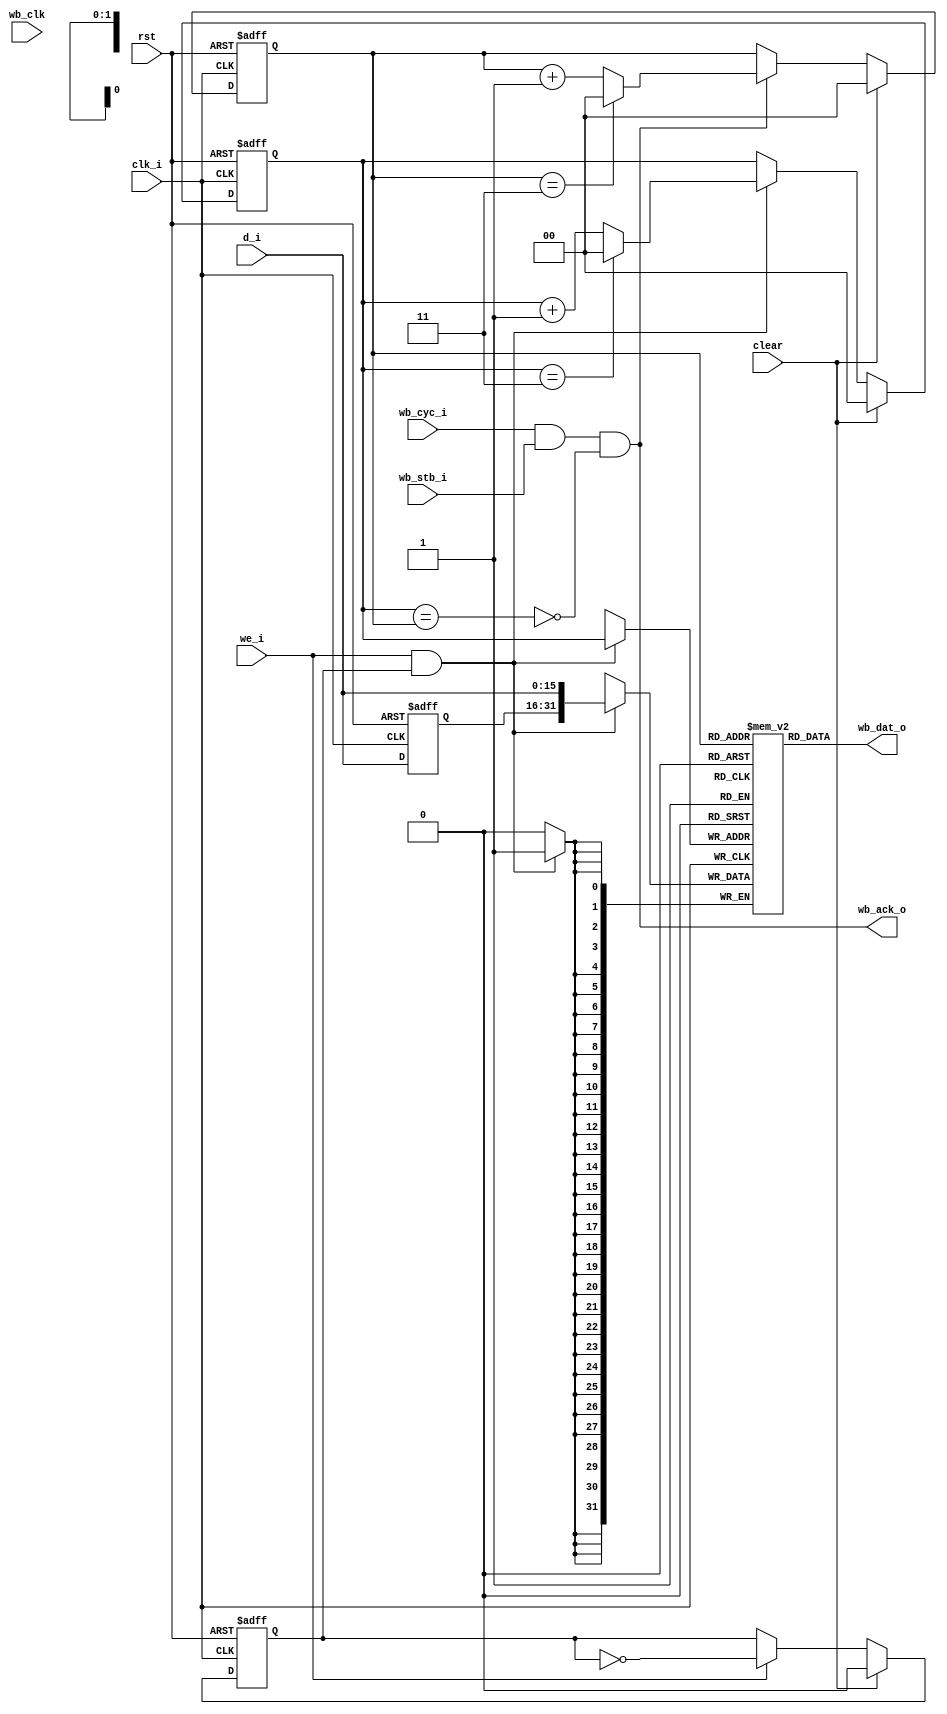
module wb_sdram_ctrl_fifo
  (
    input [16-1:0]      d_i,
    input 			    we_i,
    input 			    clear,
    input 			    clk_i,
    output [32-1:0]     wb_dat_o,
    input 			    wb_cyc_i,
    input 			    wb_stb_i,
    output 			    wb_ack_o,
    input 			    wb_clk,
    input 			    rst
   );

   reg [32-1:0] ram [0:3];
   reg [16-1:0] tmp;
   
   reg [2-1:0] 		    adr_i;
   wire [2-1:0] 		    adr_i_next;
   reg [2-1:0] 		    adr_o;
   wire [2-1:0] 		    adr_o_next;
   reg 					    a0;

   always @ (posedge clk_i or posedge rst)
     if (rst)
       a0 <= 1'b0;
     else
       if (clear)
	 a0 <= 1'b0;
       else if (we_i)
	 a0 <= ~a0;

   always @ (posedge clk_i or posedge rst)
     if (rst)
       tmp <= 16'd0;
     else
       tmp <= d_i;
   
   // write adr counter
   assign adr_i_next = (adr_i==3) ? 2'd0 : adr_i + 2'd1;
   always @ (posedge clk_i or posedge rst)
     if (rst)
       adr_i <= 2'd0;
     else
       if (clear)
	 adr_i <= 2'd0;
       else if (we_i & a0)
         adr_i <= adr_i_next;
   
   // read adr counter
   assign adr_o_next = (adr_o==3) ? 2'd0 : adr_o + 2'd1;
   always @ (posedge clk_i or posedge rst)
     if (rst)
       adr_o <= {2{1'b0}};
     else
       if (clear)
	 adr_o <= 2'd0;
       else if (wb_cyc_i & wb_stb_i & !(adr_i==adr_o))
         adr_o <= adr_o_next;   
   
   assign wb_ack_o = wb_cyc_i & wb_stb_i & !(adr_i==adr_o);
      
   // write to mem
   always @ (posedge clk_i)
     if (we_i & (a0==1'b1))
	 ram[adr_i] <= {tmp,d_i};

   assign wb_dat_o = ram[adr_o];

endmodule // fifo